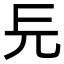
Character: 㒫